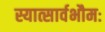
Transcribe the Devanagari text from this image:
स्यात्सार्वभौमः